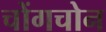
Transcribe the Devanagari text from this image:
चोंगचोन